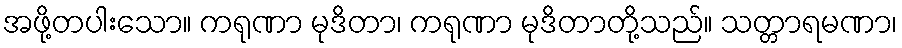
အဖို့တပါးသော။ ကရုဏာ မုဒိတာ၊ ကရုဏာ မုဒိတာတို့သည်။ သတ္တာရမဏာ၊